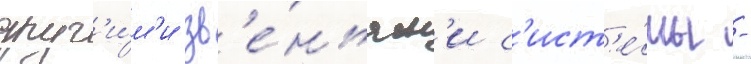
друг'и́м'и зв'е́ньям'и с'ист'е́мы -